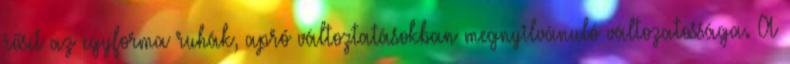
rősít az egyforma ruhák, apró változtatásokban megnyilvánuló változatossága. A